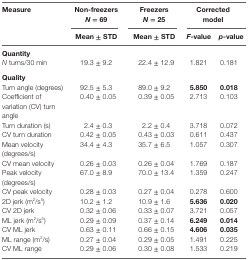
| Measure | Non-freezers N = 69 | Freezers N = 25 | <COLSPAN=2> Corrected model |
 |  | Mean ± STD | Mean ± STD | F-value | p-value |
 | --- | --- | --- | --- | --- |
 | <COLSPAN=5> Quantity |
 | N turns/30 min | 19.3 ± 9.2 | 22.4 ± 12.9 | 1.821 | 0.181 |
 | <COLSPAN=5> Quality |
 | Turn angle (degrees) | 92.5 ± 5.3 | 89.0 ± 9.2 | 5.850 | 0.018 |
 | Coefficient of variation (CV) turn angle | 0.40 ± 0.05 | 0.39 ± 0.05 | 2.713 | 0.103 |
 | Turn duration (s) | 2.4 ± 0.3 | 2.2 ± 0.4 | 3.718 | 0.072 |
 | CV turn duration | 0.42 ± 0.05 | 0.43 ± 0.03 | 0.611 | 0.437 |
 | Mean velocity (degrees/s) | 34.4 ± 4.3 | 35.7 ± 6.5 | 1.057 | 0.307 |
 | CV mean velocity | 0.26 ± 0.03 | 0.26 ± 0.04 | 1.769 | 0.187 |
 | Peak velocity (degrees/s) | 67.0 ± 8.9 | 70.0 ± 13.4 | 1.359 | 0.247 |
 | CV peak velocity | 0.28 ± 0.03 | 0.27 ± 0.04 | 0.278 | 0.600 |
 | 2D jerk (m2/s5) | 10.2 ± 1.2 | 10.9 ± 1.6 | 5.636 | 0.020 |
 | CV 2D jerk | 0.32 ± 0.06 | 0.33 ± 0.07 | 3.721 | 0.057 |
 | ML jerk (m2/s5) | 0.29 ± 0.09 | 0.37 ± 0.14 | 6.249 | 0.014 |
 | CV ML jerk | 0.63 ± 0.11 | 0.66 ± 0.15 | 4.606 | 0.035 |
 | ML range (m2/s) | 0.27 ± 0.04 | 0.29 ± 0.05 | 1.491 | 0.225 |
 | CV ML range | 0.29 ± 0.06 | 0.30 ± 0.08 | 1.533 | 0.219 |